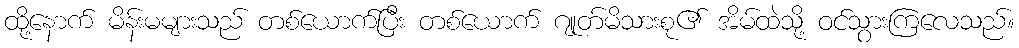
ထို့နောက် မိန်းမများသည် တစ်ယောက်ပြီး တစ်ယောက် ဂျုတ်မိသားစု၏ အိမ်ထဲသို့ ဝင်သွားကြလေသည်။